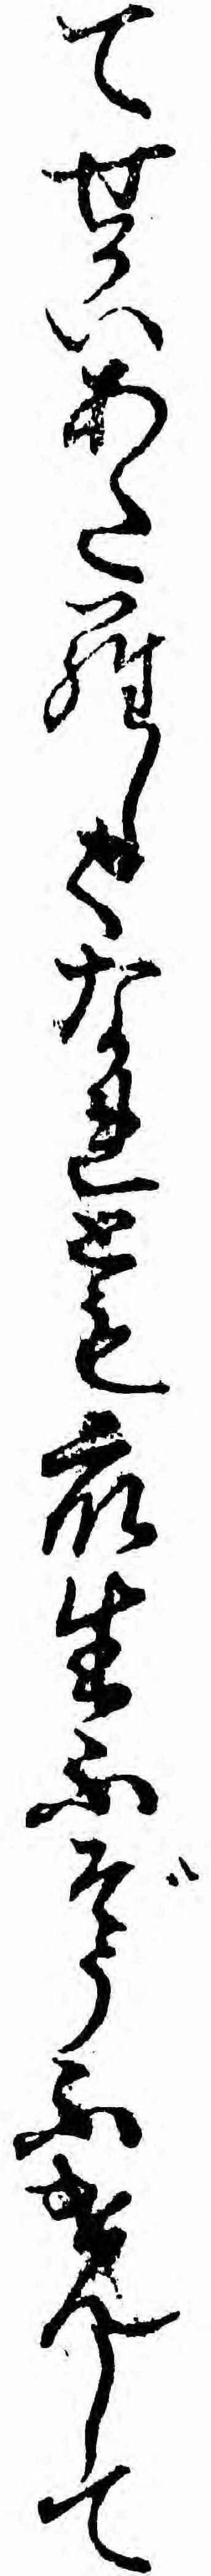
てせかいあたらしくなれとも衆生ふぞうふけんして